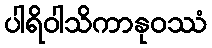
ပါရိဝါသိကာနုဝဿံ